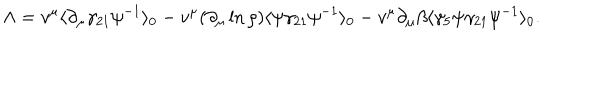
\Lambda = v ^ { \mu } \langle \partial _ { \mu } \gamma _ { 2 1 } \psi ^ { - 1 } \rangle _ { 0 } - v ^ { \mu } ( \partial _ { \mu } \ln { \rho } ) \langle \psi \gamma _ { 2 1 } \psi ^ { - 1 } \rangle _ { 0 } - v ^ { \mu } \partial _ { \mu } \beta \langle \gamma _ { 5 } \psi \gamma _ { 2 1 } \psi ^ { - 1 } \rangle _ { 0 } .